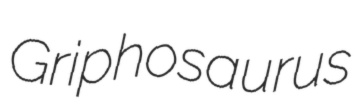
Griphosaurus